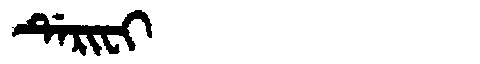
Manchu: ᡩᡝᡵᡳᠸᡳ
Romanization: DERIFI